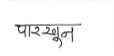
मजकूर: पारखून